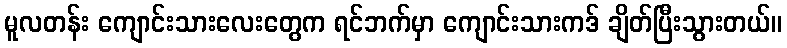
မူလတန်း ကျောင်းသားလေးတွေက ရင်ဘက်မှာ ကျောင်းသားကဒ် ချိတ်ပြီးသွားတယ်။